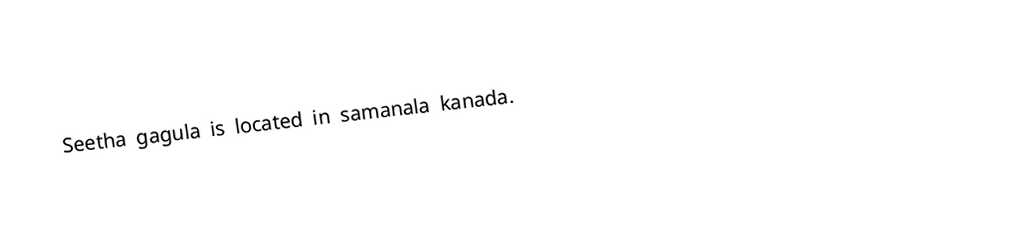
Seetha gagula is located in samanala kanada.